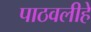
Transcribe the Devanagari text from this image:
पाठवलीहे